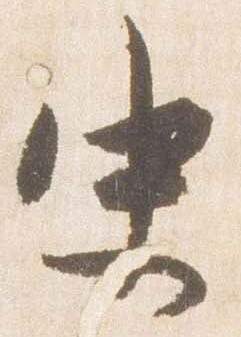
史